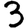
Digit: 3